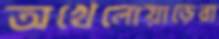
অখেলোয়াড়েরা